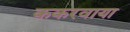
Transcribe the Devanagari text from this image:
ककरवाया